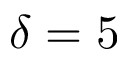
\delta = 5